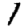
Digit: 1